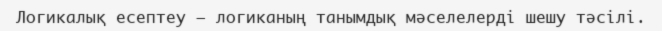
Логикалық есептеу — логиканың танымдық мәселелерді шешу тәсілі.